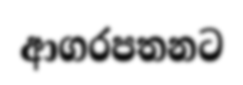
ආගරපතනට